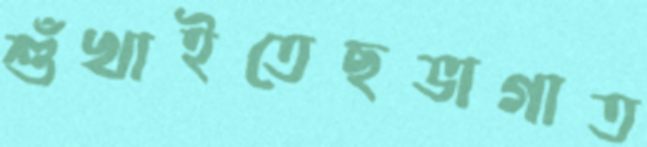
শুঁখাইতেছভাগাত